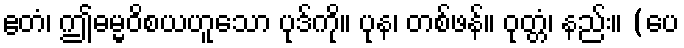
ဧတံ၊ ဤဓမ္မဝိစယဟူသော ပုဒ်ကို။ ပုန၊ တစ်ဖန်။ ဝုတ္တံ၊ နည်း။ (ပေ